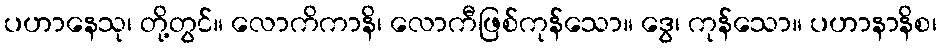
ပဟာနေသု၊ တို့တွင်။ လောကိကာနိ၊ လောကီဖြစ်ကုန်သော။ ဒွေ၊ ကုန်သော။ ပဟာနာနိစ၊